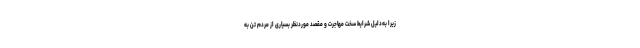
زیرا به‌دلیل شرایط سخت مهاجرت و مقصد موردنظر بسیاری از مردم تن به